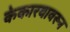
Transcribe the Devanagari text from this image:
केकारवावरून